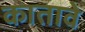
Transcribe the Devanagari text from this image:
कातावे